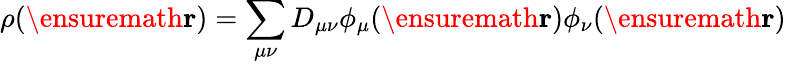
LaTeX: \rho(\ensuremath\mathbf{r})=\sum_{\mu\nu}D_{\mu\nu}\phi_{\mu}(\ensuremath\mathbf{r})\phi_{\nu}(\ensuremath\mathbf{r})